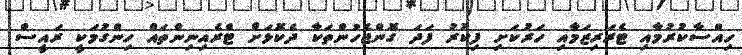
ހިއްސާކުރުމާއި ޓެރަރިޒަމާއި ހަރުކަށި ފިކުރު ފަދަ ގޮންޖެހުންތަކާ ދެކޮޅަށް ޓްރެއިނިންތައް ހިންގުމަކީ ރައީސް